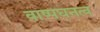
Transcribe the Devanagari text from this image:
वाष्पघनत्व